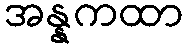
အန္နကထာ